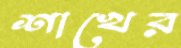
শাখের